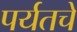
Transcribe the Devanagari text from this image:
पर्यतचे